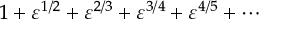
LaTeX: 1 + \varepsilon ^ { 1 / 2 } + \varepsilon ^ { 2 / 3 } + \varepsilon ^ { 3 / 4 } + \varepsilon ^ { 4 / 5 } + \cdots